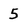
Character: 5